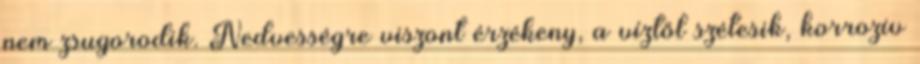
nem zsugorodik. Nedvességre viszont érzékeny, a víztől szétesik, korrozív